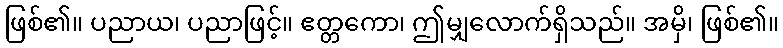
ဖြစ်၏။ ပညာယ၊ ပညာဖြင့်။ ဧတ္တကော၊ ဤမျှလောက်ရှိသည်။ အမှိ၊ ဖြစ်၏။